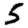
Digit: 5